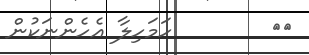
٨٢        ހަމަހިލާ އެހެންނަކުން